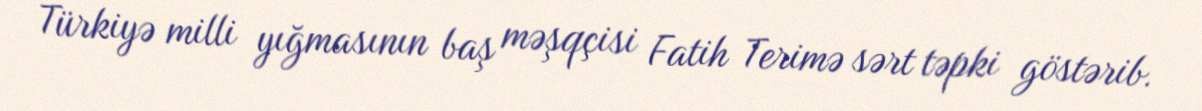
Türkiyə milli yığmasının baş məşqçisi Fatih Terimə sərt təpki göstərib.